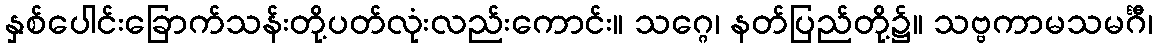
နှစ်ပေါင်းခြောက်သန်းတို့ပတ်လုံးလည်းကောင်း။ သဂ္ဂေ၊ နတ်ပြည်တို့၌။ သဗ္ဗကာမသမင်္ဂီ၊